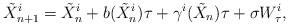
LaTeX: \begin{align*}\tilde X_{n+1}^i = \tilde X_n^i + b(\tilde X_n^i)\tau + \gamma^i(\tilde X_n)\tau + \sigma W_\tau^i,\end{align*}